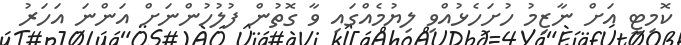
ކޮމިޓީ އަށް ނާޒިމު ހުށަހެޅުއްވި ލިޔުމެއްގައި ވާ ގޮތުން ފުލުހުންނަށް އަންނަ އަހަރު